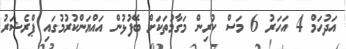
އަދުހަމް 4 އަހަރު 6 މަސް ކުރިން މަގާމުތަކަށް ބޭފުޅުން އައްޔަންކުރުމުގައި ޕްރެޝަރު